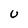
Character: U